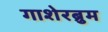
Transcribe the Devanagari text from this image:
गाशेरब्रुम